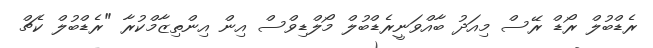
ރެޑްބުލް ރޯޑް ރޭސް މިއަދު ބާއްވަނީރެޑްބުލް މޯލްޑިވްސް އިން އިންތިޒާމްކުރާ "ރެޑްބުލް ކެޗް